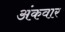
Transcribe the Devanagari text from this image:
अंकवार